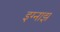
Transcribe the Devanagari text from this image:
इग्नाझ